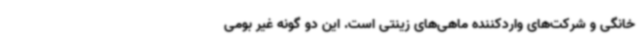
خانگی‌ و شرکت‌های واردکننده ماهی‌های زینتی است. این دو گونه غیر بومی